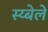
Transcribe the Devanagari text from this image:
स्य्बेले